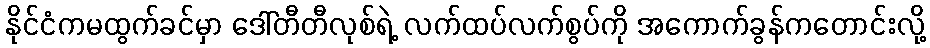
နိုင်ငံကမထွက်ခင်မှာ ဒေါ်တီတီလုစ်ရဲ့ လက်ထပ်လက်စွပ်ကို အကောက်ခွန်ကတောင်းလို့